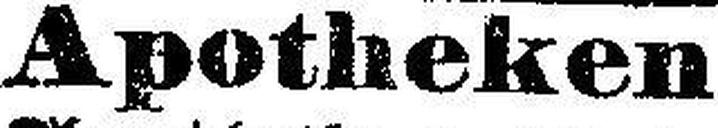
Apotheken